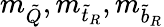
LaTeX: m_{\tilde{Q}},m_{{\tilde{t}}_{R}},m_{{\tilde{b}}_{R}}